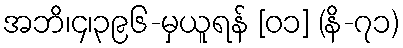
အဘိ၊၄၊၃၉၆-မှယူရန် [၀၁] (နိ-၇၁)